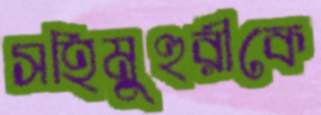
সহিমুহুরীকে